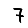
Digit: 7